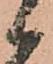
候